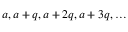
a , a + q , a + 2 q , a + 3 q , \dots